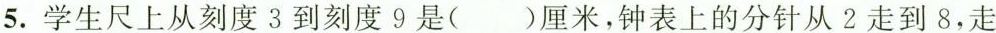
5.学生尺上从刻度3到刻度9是()厘米，钟表上的分针从2走到8，走